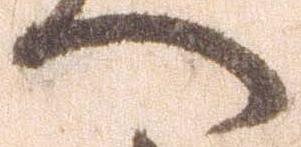
へ